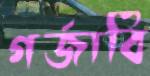
গর্জাবি